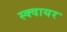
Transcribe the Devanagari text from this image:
स्‍क्‍वायर